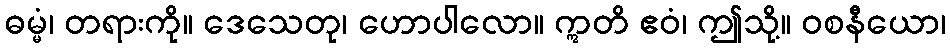
ဓမ္မံ၊ တရားကို။ ဒေသေတု၊ ဟောပါလော။ ဣတိ ဧဝံ၊ ဤသို့။ ဝစနီယော၊